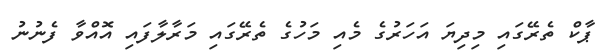
ޕާކް ތެރޭގައި މިދިޔަ އަހަރުގެ މެއި މަހުގެ ތެރޭގައި މަރާލާފައި އޮއްވާ ފެނުނު